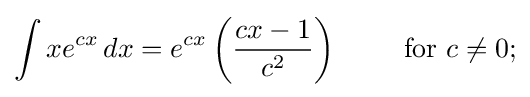
\int xe^{cx}\,dx=e^{cx}\left({\frac {cx-1}{c^{2}}}\right)\qquad {\text{ for }}c\neq 0;